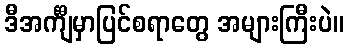
ဒီအင်္ကျီမှာပြင်စရာတွေ အများကြီးပဲ။